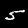
Digit: 5